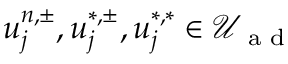
u _ { j } ^ { n , \pm } , u _ { j } ^ { * , \pm } , u _ { j } ^ { * , * } \in \mathcal { U } _ { \textrm { a d } }